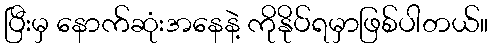
ပြီးမှ နောက်ဆုံးအနေနဲ့ ကိုနိုပ်ရမှာဖြစ်ပါတယ်။